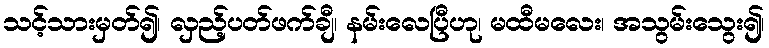
သင့်သားမှတ်၍၊ လှည့်ပတ်ဖက်ချီ၊ နမ်းလေပြီဟု၊ မထီမလေး၊ အသွမ်းသွေး၍၊